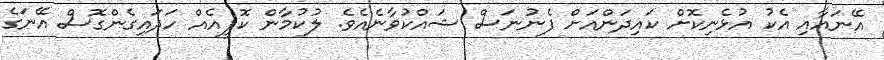
އޭނައާއި އެކު އުޅެނިކޮށް ކައިދަންއަށް ފެނުނަސް ޝައްކުވާނެއެވެ. ލުކުމާން ކޮފީއެއް ހަދައިގެންގޮސް އޭނަގެ